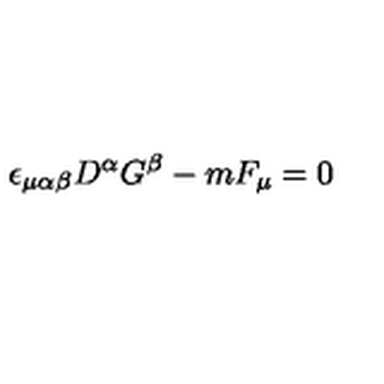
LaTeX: \epsilon _ { \mu \alpha \beta } D ^ { \alpha } G ^ { \beta } - m F _ { \mu } = 0